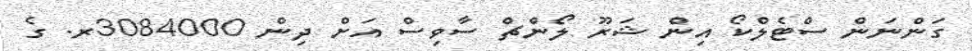
ގަންނަން ސްޓެލްކޯ އިން ޝަރޫ ލޯންޗް ސާވިސް އަށް ދިން 3084000ރ. ގެ